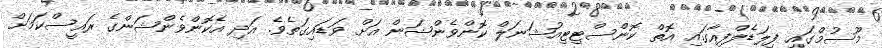
މޫސުމްގައި ފިލަޑެލްފިއާގައި އޮތް ކޮންސްޓިޓިއުޝަނަލް ކޮންވެންޝަން އަށް ވަޑައިގަތެވެ. އަދި އެކޮންވެންޝަންގެ ރައީސްކަމަށް